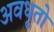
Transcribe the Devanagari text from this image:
अवधूतो